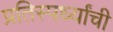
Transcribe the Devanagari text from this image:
प्रतिस्पर्ध्यांची